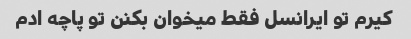
کیرم تو ایرانسل فقط میخوان بکنن تو پاچه ادم